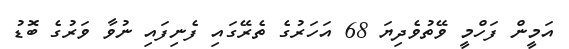
އަމީން ފަހްމީ ވޭތުވެދިޔަ 68 އަހަރުގެ ތެރޭގައި ފެނިފައި ނުވާ ވަރުގެ ބޮޑު